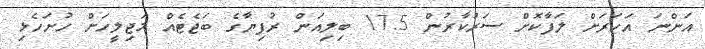
އަންނަ އަހަރަށް ލަފާކޮށް ސަރުކާރުން 17.5 ބިލިއަން ރުފިޔާގެ ބަޖެޓެއް މަޖިލީހަށް ހުށަހެޅި